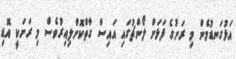
އަޅުގަނޑުމެން މި ރަށުގެ ފަޅަށް ލޯންޗުގައި އައިސް ގާތްކޮށްލިއިރުވެސް މި ރަށަކީ އޮޑި